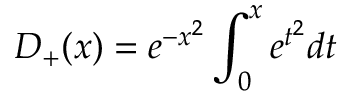
D _ { + } ( x ) = e ^ { - x ^ { 2 } } \int _ { 0 } ^ { x } e ^ { t ^ { 2 } } d t